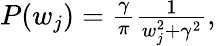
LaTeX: \begin{array}{r}{P(w_{j})=\frac{\gamma}{\pi}\frac{1}{w_{j}^{2}+\gamma^{2}},}\end{array}